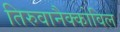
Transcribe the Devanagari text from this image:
तिरुवानैक्कोविल